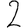
Digit: 2